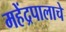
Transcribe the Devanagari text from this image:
महेंद्रपालाचे